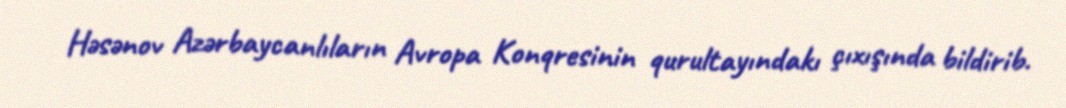
Həsənov Azərbaycanlıların Avropa Konqresinin qurultayındakı çıxışında bildirib.